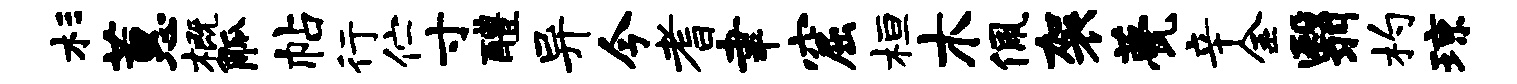
杉蕙概觚帖行伫寸醴异今耆聿窟桓木佩袈甍辛金翳杓琼